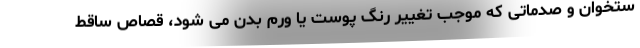
ستخوان و صدماتی که موجب تغییر رنگ پوست یا ورم بدن می شود، قصاص ساقط